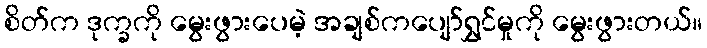
စိတ်က ဒုက္ခကို မွေးဖွားပေမဲ့ အချစ်ကပျော်ရွှင်မှုကို မွေးဖွားတယ်။